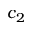
c _ { 2 }